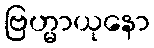
ဗြဟ္မာယုနော